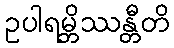
ဥပါရမ္ဘိဿန္တီတိ